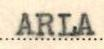
ARLA